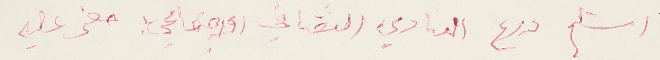
استلم درع النادي الثقافي الاجتماعي حفر عليه